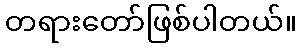
တရားတော်ဖြစ်ပါတယ်။